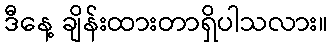
ဒီနေ့ ချိန်းထားတာရှိပါသလား။